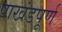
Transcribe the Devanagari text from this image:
पाखंडपूर्ण